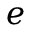
e